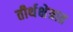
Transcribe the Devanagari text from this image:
तीर्थक्षेत्रात